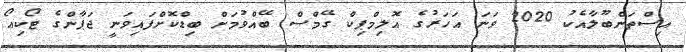
އިސްތަންބޫލާއެކު 2020 ވަނަ އަހަރުގެ އޮލިމްޕިކް ގޭމްސް ބޭއްވުމަށް ބިޑްކޮށްފައިވަނީ ޖަޕާންގެ ޓޯކިއޯ